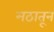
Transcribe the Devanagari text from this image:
मठातून